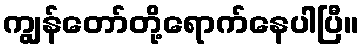
ကျွန်တော်တို့ရောက်နေပါပြီ။